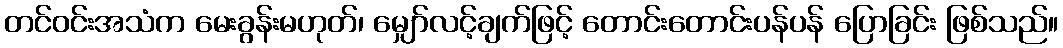
တင်ဝင်းအသံက မေးခွန်းမဟုတ်၊ မျှော်လင့်ချက်ဖြင့် တောင်းတောင်းပန်ပန် ပြောခြင်း ဖြစ်သည်။